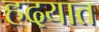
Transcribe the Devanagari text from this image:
हदयात